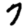
Digit: 7